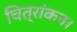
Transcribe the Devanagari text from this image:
चित्रांकन।